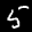
Label: 5